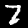
Digit: 7